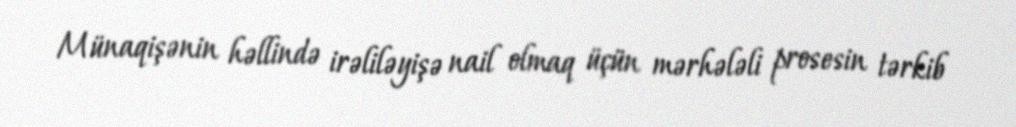
Münaqişənin həllində irəliləyişə nail olmaq üçün mərhələli prosesin tərkib